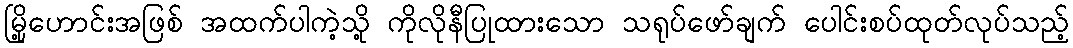
မြို့ဟောင်းအဖြစ် အထက်ပါကဲ့သို့ ကိုလိုနီပြုထားသော သရုပ်ဖော်ချက် ပေါင်းစပ်ထုတ်လုပ်သည့်